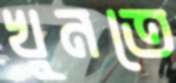
খুনতে